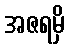
အဇရမှိ